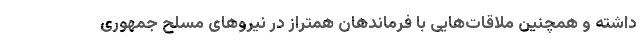
داشته و همچنین ملاقات‌هایی با فرماندهان همتراز در نیروهای مسلح جمهوری